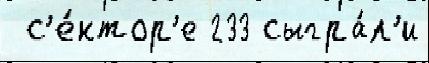
 с'е́ктор'е 233 сыгра́л'и